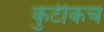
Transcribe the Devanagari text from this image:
कुटीकच